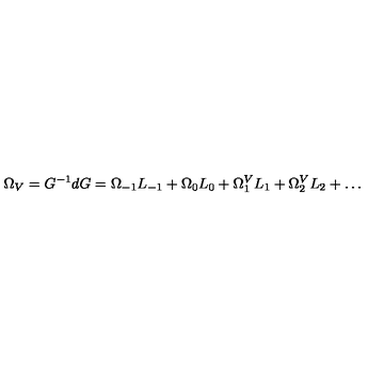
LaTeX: \Omega _ { V } = G ^ { - 1 } d G = \Omega _ { - 1 } L _ { - 1 } + \Omega _ { 0 } L _ { 0 } + \Omega _ { 1 } ^ { V } L _ { 1 } + \Omega _ { 2 } ^ { V } L _ { 2 } + \ldots